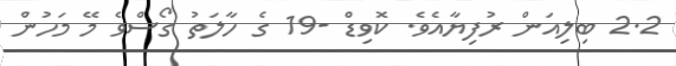
2.2 ބިލިއަން ރުފިޔާއެވެ. ކޮވިޑް -19 ގެ ހާލަތު ގޯސްވެ މޭ މަހުން